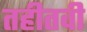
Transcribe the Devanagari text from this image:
तहीतवी